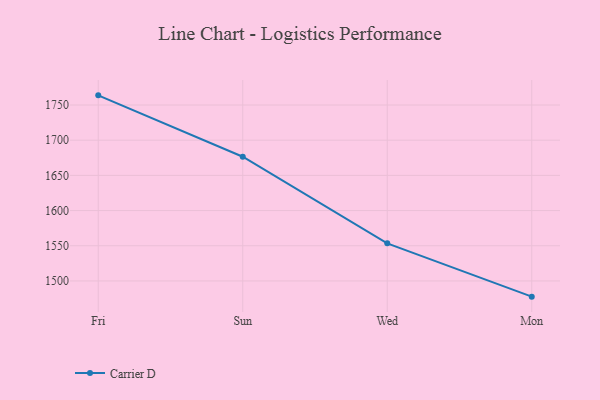
{"axis": {"x": "Day", "y": "Humidity (%)"}, "legend": ["Carrier D"], "data": [{"x": "Fri", "y": 1763.7, "type": "Carrier D"}, {"x": "Sun", "y": 1676.5, "type": "Carrier D"}, {"x": "Wed", "y": 1553.4, "type": "Carrier D"}, {"x": "Mon", "y": 1477.7, "type": "Carrier D"}]}